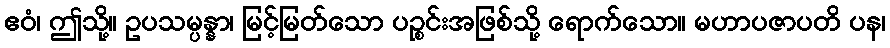
ဧဝံ၊ ဤသို့။ ဥပသမ္ပန္နာ၊ မြင့်မြတ်သော ပဉ္စင်းအဖြစ်သို့ ရောက်သော။ မဟာပဇာပတိ ပန၊